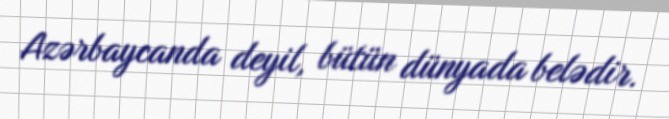
Azərbaycanda deyil, bütün dünyada belədir.